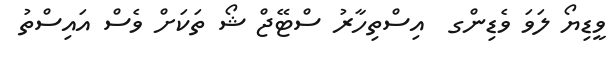
ވީޑިޔޯ ލަވަ ވެޑިންގ  އިސްތިހާރު ސްޓޭޖް ޝޯ ތަކަށް ވެސް އައިސްތު